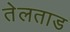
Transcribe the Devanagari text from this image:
तेलताड